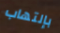
بإلتهاب